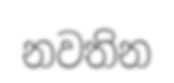
නවතින